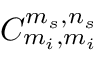
C _ { m _ { i } , m _ { i } } ^ { m _ { s } , n _ { s } }